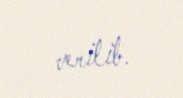
verilib.